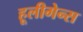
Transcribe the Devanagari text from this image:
हूलीगेन्स